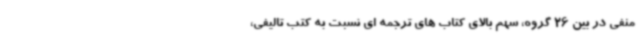
منفی در بین 26 گروه، سهم بالای کتاب های ترجمه ای نسبت به کتب تالیفی،